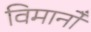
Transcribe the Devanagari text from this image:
विमानोँ